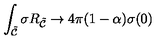
\int _ { { \tilde { \cal C } } } \sigma R _ { { \tilde { \cal C } } } \rightarrow 4 \pi ( 1 - \alpha ) \sigma ( 0 )